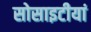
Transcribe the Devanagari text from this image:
सोसाइटीयां